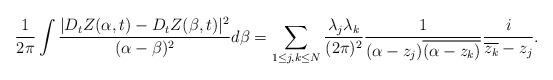
LaTeX: \begin{align*}\frac{1}{2\pi}\int \frac{|D_tZ(\alpha,t)-D_tZ(\beta,t)|^2}{(\alpha-\beta)^2}d\beta=\sum_{1\leq j,k\leq N}\frac{\lambda_j\lambda_k}{(2\pi)^2}\frac{1}{(\alpha-z_j)\overline{(\alpha-z_k)}} \frac{i}{\overline{z_k}-z_j}.\end{align*}